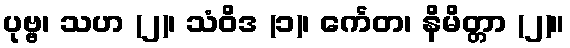
ပုဗ္ဗ၊ သဟ (၂)၊ သံဝိဒ (၁)၊ င်္ကေတ၊ နိမိတ္တာ (၂)။